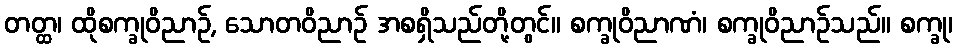
တတ္ထ၊ ထိုစက္ခုဝိညာဉ်, သောတဝိညာဉ် အစရှိသည်တို့တွင်။ စက္ခုဝိညာဏံ၊ စက္ခုဝိညာဉ်သည်။ စက္ခု၊